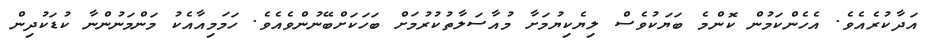
އަދާކުރެއެވެ. އެހެންކަމުން ކޮންމެ ބަޔަކުވެސް ލިޔެކިޔުމަށާ މުއާސަލާތުކުރުމަށް ބަހަކަށްބޭނުންވެއެވެ. ހަމަމިއާއެކު މަންމަނުންނާ ކުޑަކުދިން